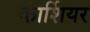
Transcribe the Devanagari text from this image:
कार्शियर